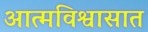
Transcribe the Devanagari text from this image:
आत्मविश्वासात